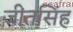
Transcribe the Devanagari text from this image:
जीतसिंह